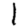
Digit: 1